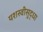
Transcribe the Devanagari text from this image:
यशस्वीसुद्धा